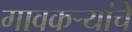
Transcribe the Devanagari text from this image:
गावकर्‍यांचे